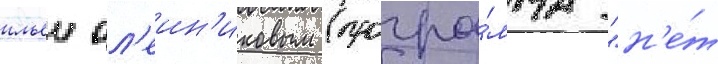
ильеи ол'еин'иковым (програ́мма "н'е́т